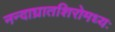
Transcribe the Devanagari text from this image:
नन्दाघ्रातशिरोमध्यः